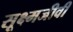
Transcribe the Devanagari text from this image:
सूक्ष्‍मजीवी